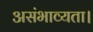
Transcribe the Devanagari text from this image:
असंभाव्यता।